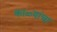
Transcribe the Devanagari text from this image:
काळ्यांचा